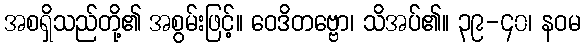
အစရှိသည်တို့၏ အစွမ်းဖြင့်။ ဝေဒိတဗ္ဗော၊ သိအပ်၏။ ၃၉-၄၀၊ နဝမ